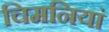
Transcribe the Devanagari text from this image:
चिमनियां